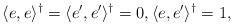
LaTeX: \begin{align*} \langle e, e \rangle^{\dagger} = \langle e', e' \rangle^{\dagger} = 0, \langle e, e' \rangle^{\dagger} = 1,\end{align*}